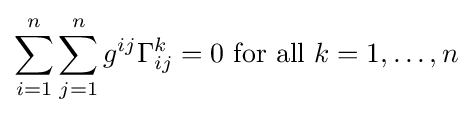
\sum _{i=1}^{n}\sum _{j=1}^{n}g^{ij}\Gamma _{ij}^{k}=0{\text{ for all }}k=1,\ldots ,n